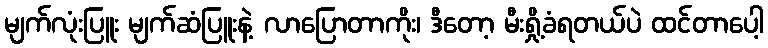
မျက်လုံးပြူး မျက်ဆံပြူးနဲ့ လာပြောတာကိုး၊ ဒီတော့ မီးရှို့ခံရတယ်ပဲ ထင်တာပေါ့